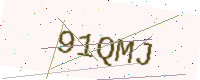
Text: 91QMJ